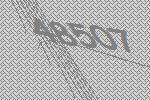
48507